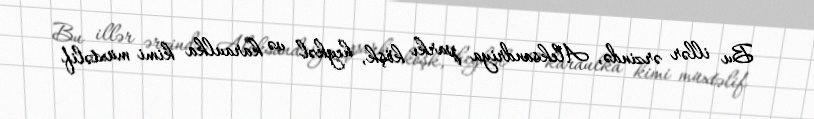
Bu illər ərzində, Aleksandriya parkı köşk, heykəl və karaulka kimi müxtəlif